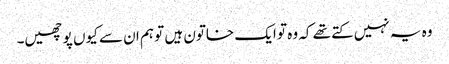
وہ یہ نہیں کتے تھے کہ وہ تو ایک خاتون ہیں تو ہم ان سے کیوں پوچھیں۔